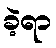
ခဲ့ရာ